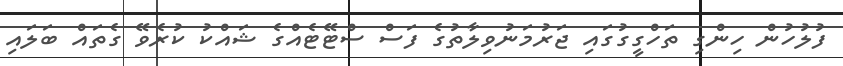
ފުލުހުން ހިންގި ތަހްގީގުގައި ޖަރުމަނުވިލާތުގެ ފަސް ސްޓޭޓެއްގެ ޝައްކު ކުރެވޭ ގެތައް ބަލައި